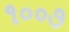
૧૦૦૭